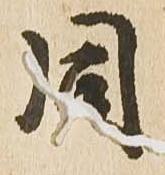
同